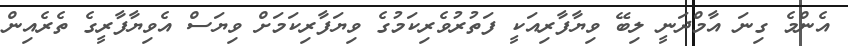
އެންމެ ގިނަ އާމްދަނީ ލިބޭ ވިޔާފާރިއަކީ ފަތުރުވެރިކަމުގެ ވިޔަފާރިކަމަށް ވިޔަސް އެވިޔާފާރީގެ ތެރެއިން